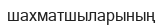
шахматшыларының